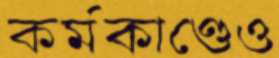
কর্মকাণ্ডেও